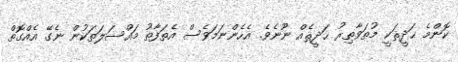
ކޮންމެ ޙަދީޘަކީ މުތަވާތިރު ޙަދީޘެއް ނޫނެވެ. އެހެންނަމަވެސް އެތަފާތު މައްސަލަތަކުން ނެގޭ އެއްގޮތް